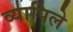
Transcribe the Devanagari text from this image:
व्यापिले